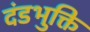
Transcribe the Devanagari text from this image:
दंडभुक्ति